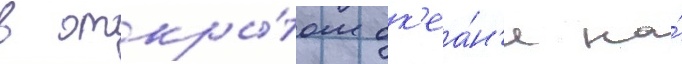
в откры́том ок'еа́н'е на́